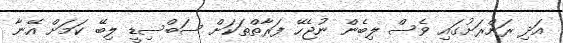
އަދި ރަށްރަށުގައި ވެސް ލިބެން ނުޖެހޭ ފަރާތްތަކަށް ސަބްސިޑީ ލިބޭ ކަމަށް އޭނާ